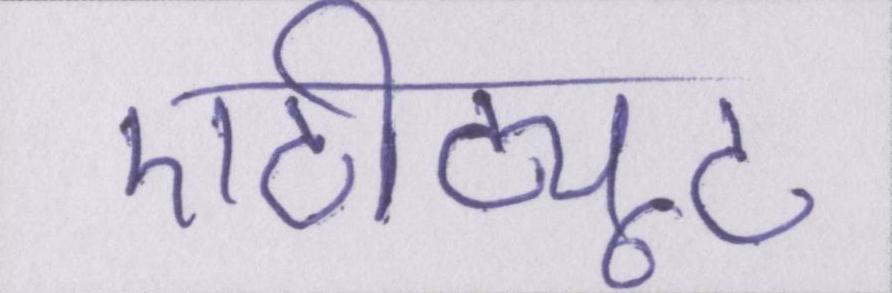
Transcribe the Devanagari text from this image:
एटीट्यूट